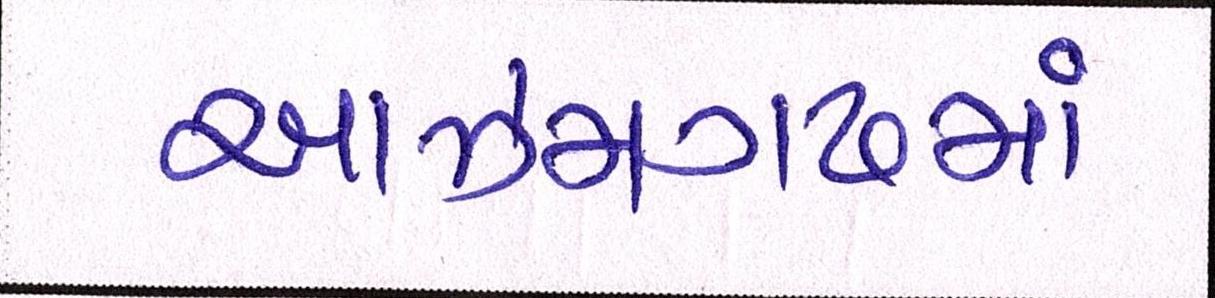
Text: આઝમગઢમાં